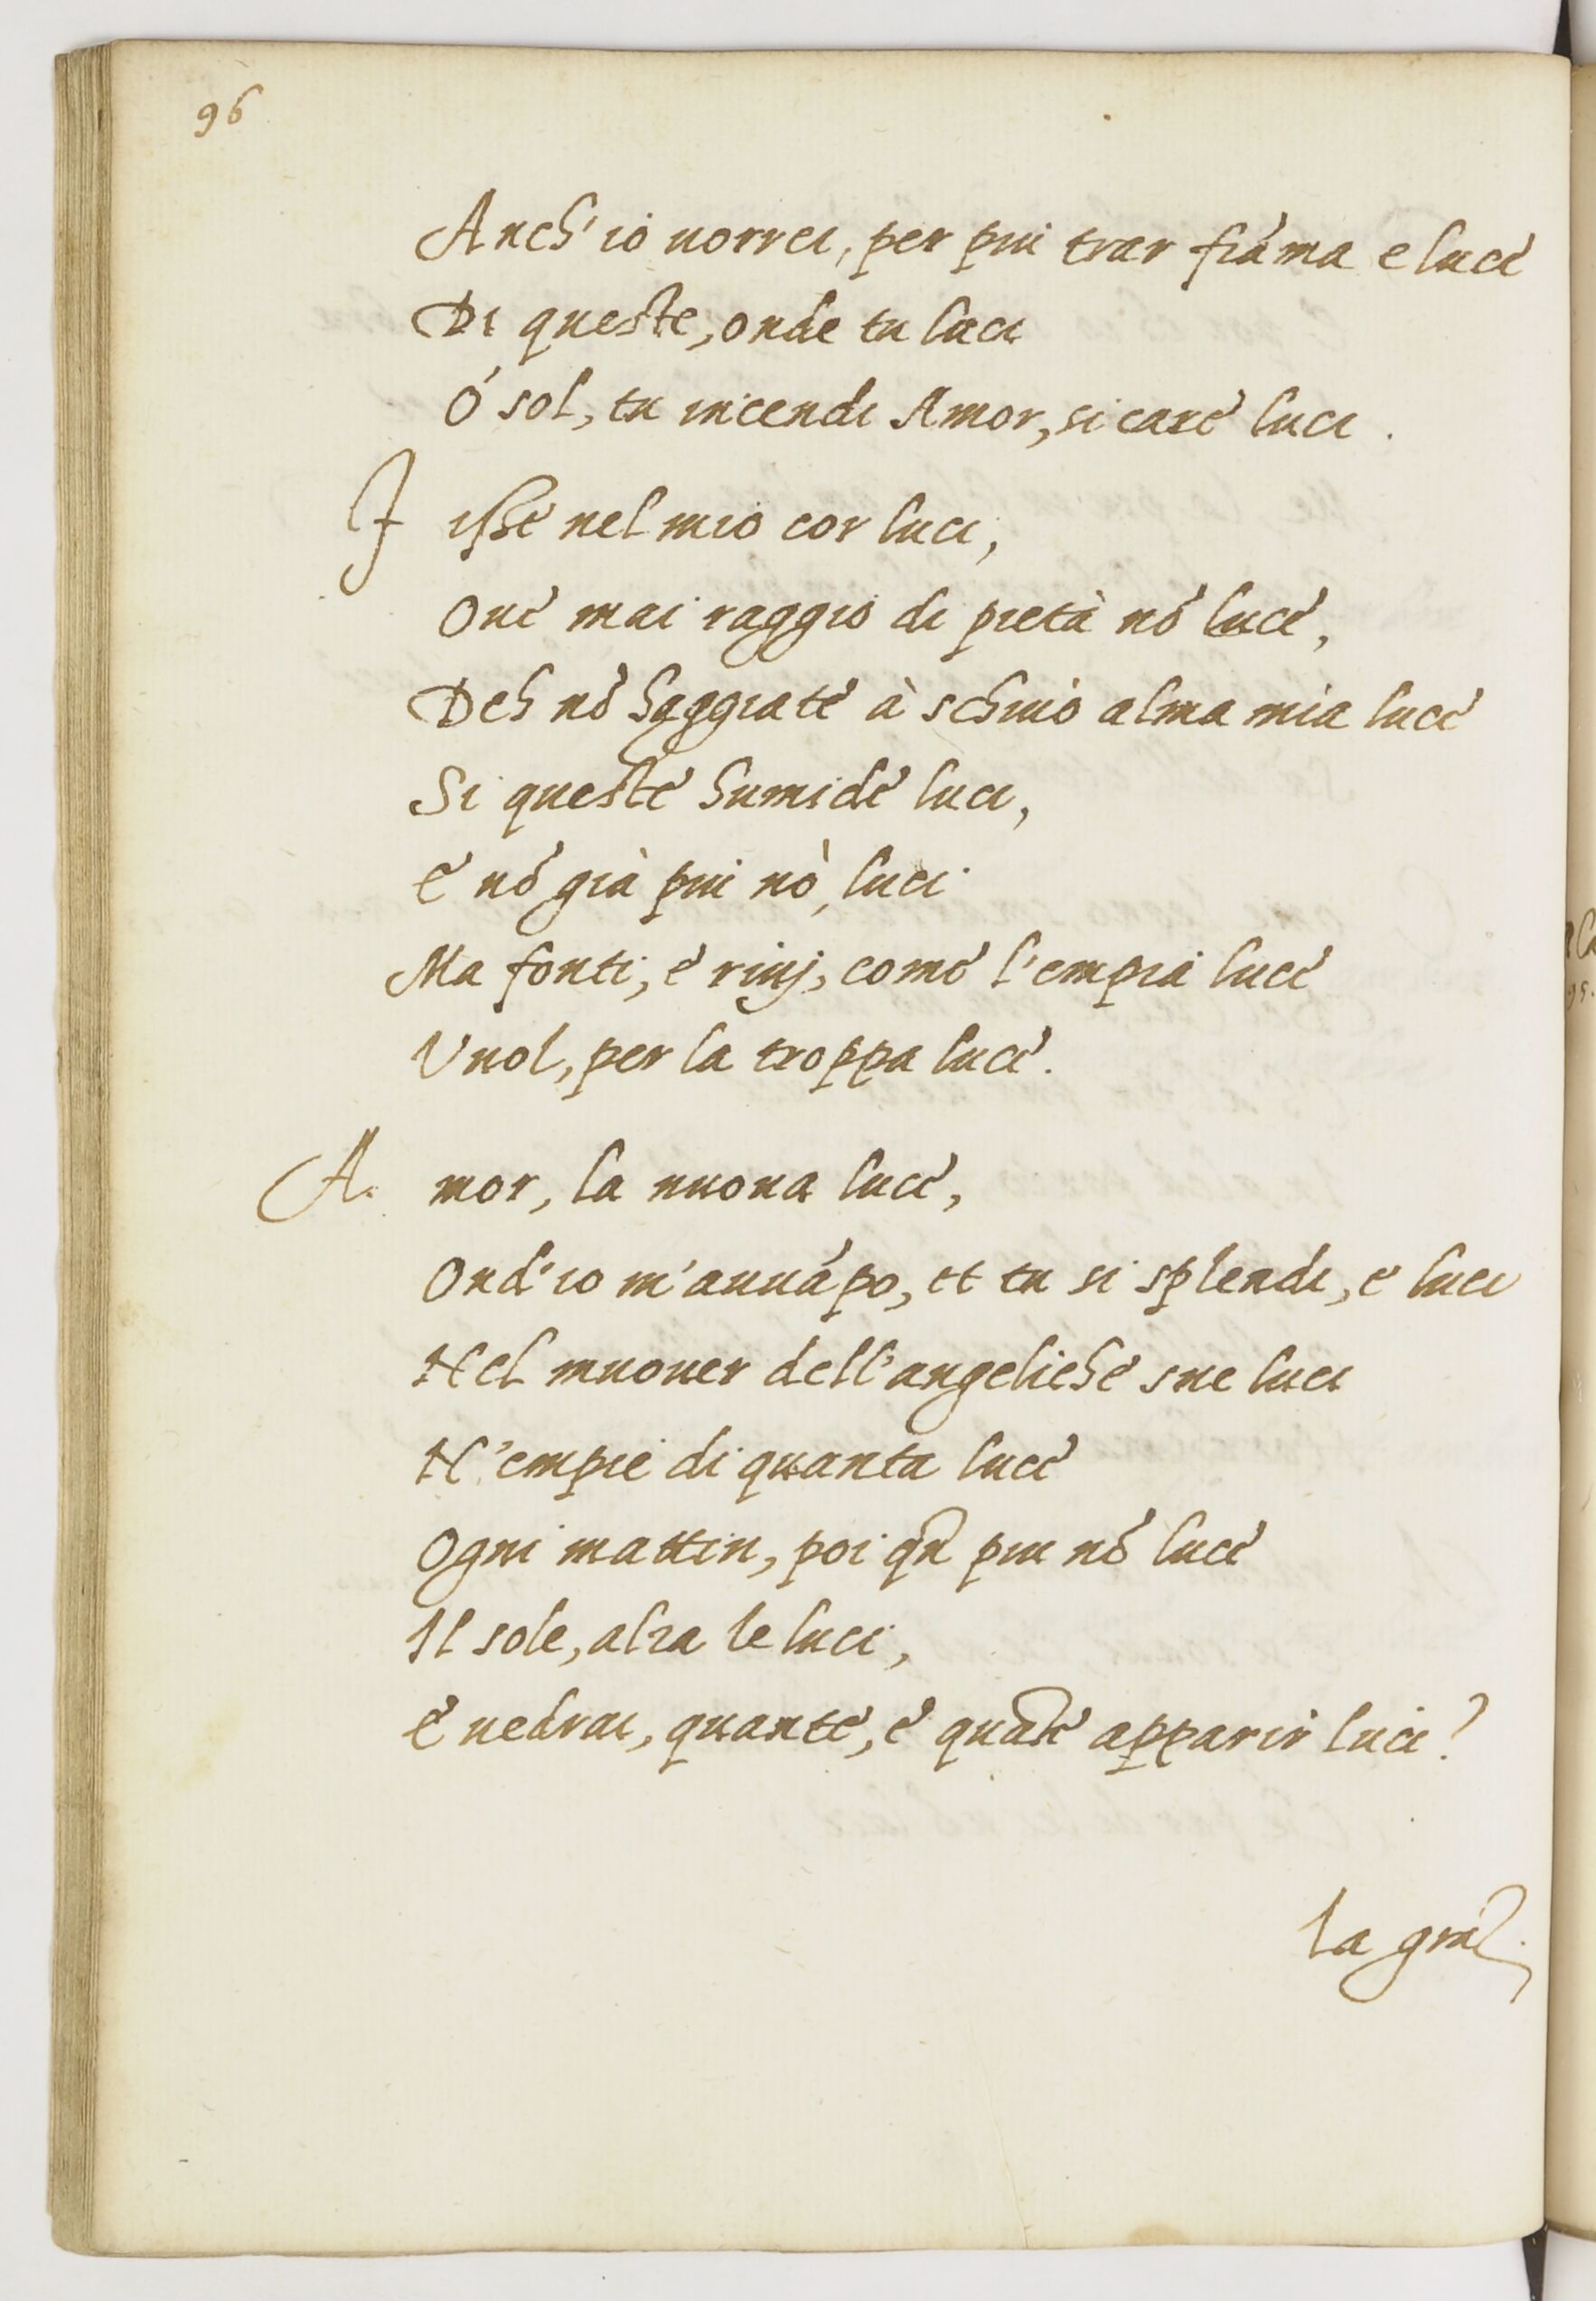
Shelfmark: Paris, BnF, ita. 1534
Century: 16